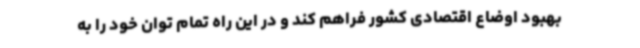
بهبود اوضاع اقتصادی کشور فراهم کند و در این راه تمام توان خود را به